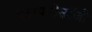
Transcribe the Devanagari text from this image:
एटायमोलॉजी